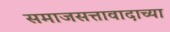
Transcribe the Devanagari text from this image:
समाजसत्तावादाच्या